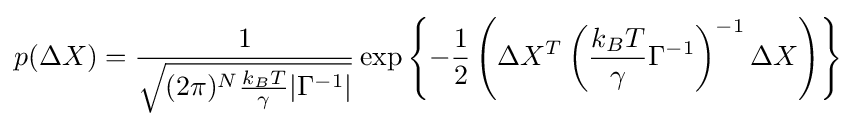
p(\Delta X)={\frac {1}{\sqrt {(2\pi )^{N}{\frac {k_{B}T}{\gamma }}|\Gamma ^{-1}|}}}\exp \left\{-{\frac {1}{2}}\left(\Delta X^{T}\left({\frac {k_{B}T}{\gamma }}\Gamma ^{-1}\right)^{-1}\Delta X\right)\right\}